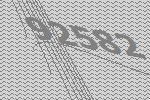
92582